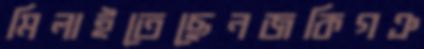
মিলাইতেছেনজকিগঞ